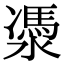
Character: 㵗